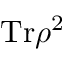
\mathrm { T r } \rho ^ { 2 }